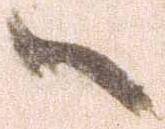
ハ